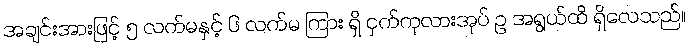
အချင်းအားဖြင့် ၅ လက်မနှင့် ၆ လက်မ ကြား ရှိ ငှက်ကုလားအုပ် ဥ အရွယ်ထိ ရှိလေသည်။